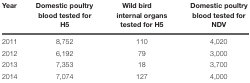
<table><thead><tr><td><b>Year</b></td><td><b>Domestic poultry blood tested for H5</b></td><td><b>Wild bird internal organs tested for H5</b></td><td><b>Domestic poultry blood tested for NDV</b></td></tr></thead><tbody><tr><td>2011</td><td>8,752</td><td>110</td><td>4,020</td></tr><tr><td>2012</td><td>6,192</td><td>79</td><td>3,000</td></tr><tr><td>2013</td><td>7,353</td><td>18</td><td>3,700</td></tr><tr><td>2014</td><td>7,074</td><td>127</td><td>4,000</td></tr></tbody></table>